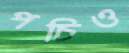
পচিও